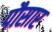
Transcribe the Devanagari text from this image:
पौसार